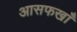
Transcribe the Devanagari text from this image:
आसफखाँ